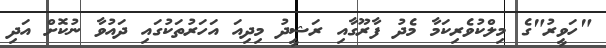
"ހަވީރު"ގެ މިލްކުވެރިކަމާ މެދު ފާރޫގާއި ރަޝީދު މިދިއަ އަހަރުތަކުގައި ދައުވާ ނުކޮށް އަދި